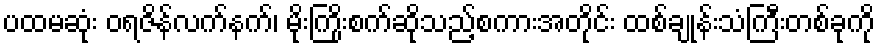
ပထမဆုံး ဝရဇိန်လက်နက်၊ မိုးကြိုးစက်ဆိုသည့်စကားအတိုင်း ထစ်ချုန်းသံကြီးတစ်ခုကို